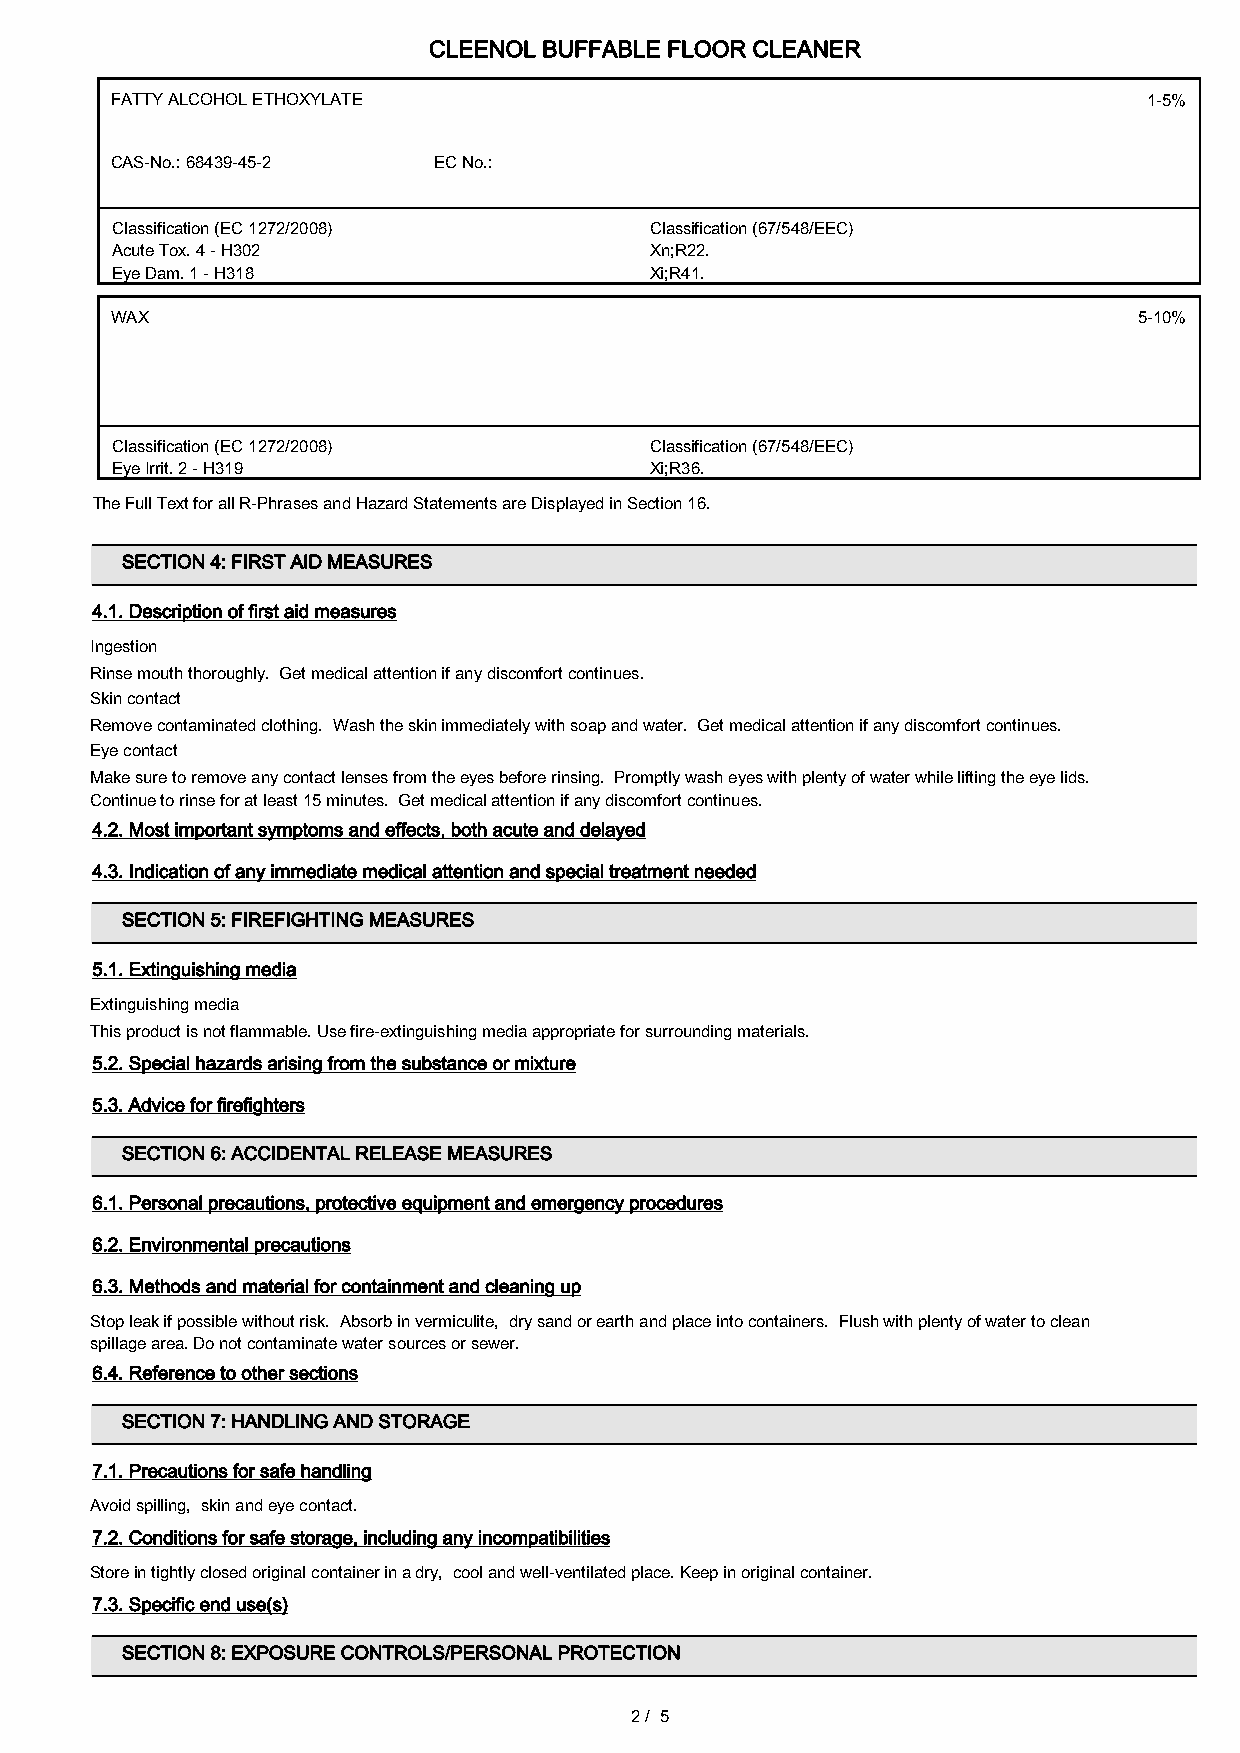
CLEENOL BUFFABLE FLOOR CLEANER
 FATTY ALCOHOL ETHOXYLATE                                             1-5%
 CAS-No.: 68439-45-2   EC No.:
 Classification (EC 1272/2008)       Classification (67/548/EEC)
 Acute Tox. 4 - H302                 Xn;R22.
 Eye Dam. 1 - H318                   Xi;R41.
 WAX                                                                 5-10%
 Classification (EC 1272/2008)       Classification (67/548/EEC)
 Eye Irrit. 2 - H319                 Xi;R36.
 The Full Text for all R-Phrases and Hazard Statements are Displayed in Section 16.
 SECTION 4: FIRST AID MEASURES
 4.1. Description of first aid measures
 Ingestion
 Rinse mouth thoroughly. Get medical attention if any discomfort continues.
 Skin contact
 Remove contaminated clothing. Wash the skin immediately with soap and water. Get medical attention if any discomfort continues.
 Eye contact
 Make sure to remove any contact lenses from the eyes before rinsing. Promptly wash eyes with plenty of water while lifting the eye lids.
 Continue to rinse for at least 15 minutes. Get medical attention if any discomfort continues.
 4.2. Most important symptoms and effects, both acute and delayed
 4.3. Indication of any immediate medical attention and special treatment needed
 SECTION 5: FIREFIGHTING MEASURES
 5.1. Extinguishing media
 Extinguishing media
 This product is not flammable. Use fire-extinguishing media appropriate for surrounding materials.
 5.2. Special hazards arising from the substance or mixture
 5.3. Advice for firefighters
 SECTION 6: ACCIDENTAL RELEASE MEASURES
 6.1. Personal precautions, protective equipment and emergency procedures
 6.2. Environmental precautions
 6.3. Methods and material for containment and cleaning up
 Stop leak if possible without risk. Absorb in vermiculite, dry sand or earth and place into containers. Flush with plenty of water to clean
 spillage area. Do not contaminate water sources or sewer.
 6.4. Reference to other sections
 SECTION 7: HANDLING AND STORAGE
 7.1. Precautions for safe handling
 Avoid spilling, skin and eye contact.
 7.2. Conditions for safe storage, including any incompatibilities
 Store in tightly closed original container in a dry, cool and well-ventilated place. Keep in original container.
 7.3. Specific end use(s)
 SECTION 8: EXPOSURE CONTROLS/PERSONAL PROTECTION
 2/ 5